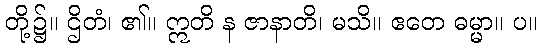
တို့၌။ ဌိတံ၊ ၏။ ဣတိ န ဇာနာတိ၊ မသိ။ ဧတေ ဓမ္မာ။ ပ။